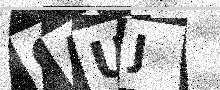
Text: 6AUJ